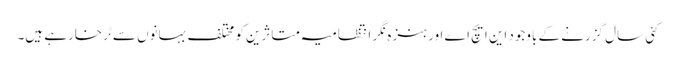
کئی سال گزرنے کے باوجود این ایچ اے اور ہنزہ نگر انتظامیہ متاثرین کو مختلف بہانوں سے ٹرخارہے ہیں۔